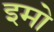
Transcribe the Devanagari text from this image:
इमो